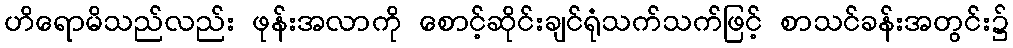
ဟိရောမိသည်လည်း ဖုန်းအလာကို စောင့်ဆိုင်းချင်ရုံသက်သက်ဖြင့် စာသင်ခန်းအတွင်း၌